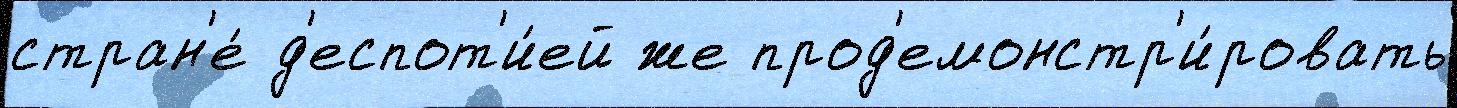
стран'е́ д'еспот'и́ей же прод'емонстр'и́ровать